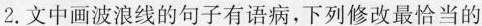
2.文中画波浪线的句子有语病，下列修改最恰当的